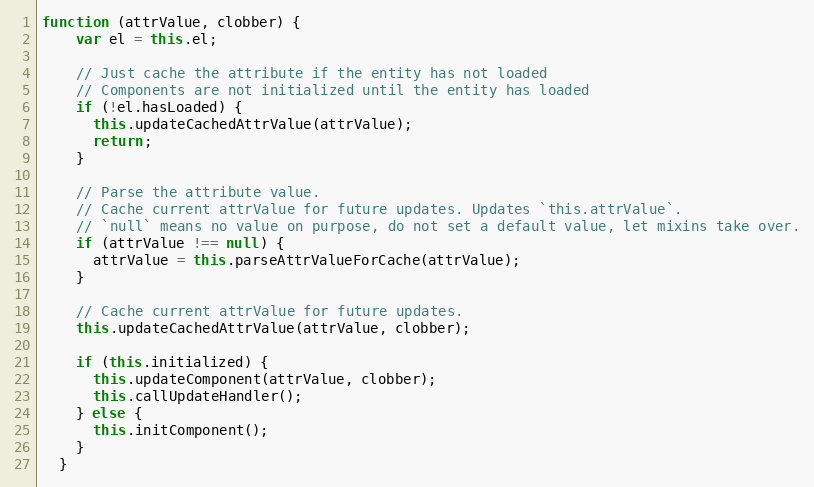
Language: JavaScript
function (attrValue, clobber) {
    var el = this.el;

    // Just cache the attribute if the entity has not loaded
    // Components are not initialized until the entity has loaded
    if (!el.hasLoaded) {
      this.updateCachedAttrValue(attrValue);
      return;
    }

    // Parse the attribute value.
    // Cache current attrValue for future updates. Updates `this.attrValue`.
    // `null` means no value on purpose, do not set a default value, let mixins take over.
    if (attrValue !== null) {
      attrValue = this.parseAttrValueForCache(attrValue);
    }

    // Cache current attrValue for future updates.
    this.updateCachedAttrValue(attrValue, clobber);

    if (this.initialized) {
      this.updateComponent(attrValue, clobber);
      this.callUpdateHandler();
    } else {
      this.initComponent();
    }
  }